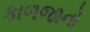
કાળજાનો